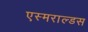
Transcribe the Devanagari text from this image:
एस्मराल्डस